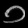
Digit: ၁